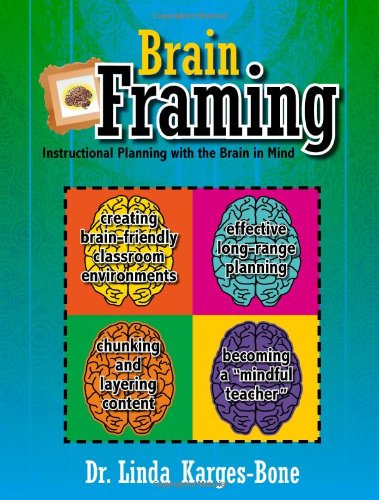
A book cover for Brain Framing; Dr. Linda Karges-Bone; Crafts, Hobbies & Home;